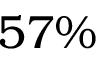
5 7 \%